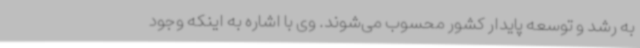
به رشد و توسعه پایدار کشور محسوب می‌شوند. وی با اشاره به اینکه وجود